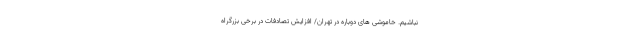
نباشیم. خاموشی‌ های دوباره در تهران/ افزایش تصادفات در برخی بزرگراه